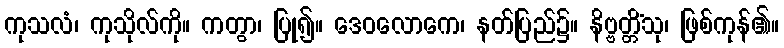
ကုသလံ၊ ကုသိုလ်ကို။ ကတွာ၊ ပြု၍။ ဒေဝလောကေ၊ နတ်ပြည်၌။ နိဗ္ဗတ္တိံသု၊ ဖြစ်ကုန်၏။